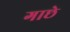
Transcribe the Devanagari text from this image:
गाछे